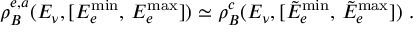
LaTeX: \rho _ { B } ^ { e , a } ( E _ { \nu } , [ E _ { e } ^ { \operatorname * { m i n } } , \, E _ { e } ^ { \operatorname * { m a x } } ] ) \simeq \rho _ { B } ^ { c } ( E _ { \nu } , [ \tilde { E } _ { e } ^ { \operatorname * { m i n } } , \, \tilde { E } _ { e } ^ { \operatorname * { m a x } } ] ) \ .